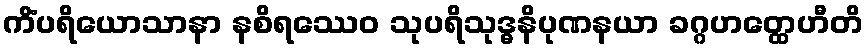
ကိံပရိယောသာနာ နစိရဿေဝ သုပရိသုဒ္ဓနိပုဏနယာ ခဂ္ဂဟတ္ထေဟီတိ